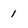
Character: 1